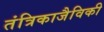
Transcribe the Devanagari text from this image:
तंत्रिकाजैविकी